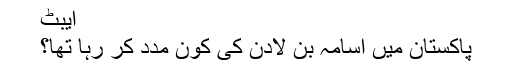
ایبٹ
پاکستان میں اسامہ بن لادن کی کون مدد کر رہا تھا؟